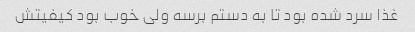
غذا سرد شده بود تا به دستم برسه ولی خوب بود کیفیتش